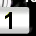
Digit: 1